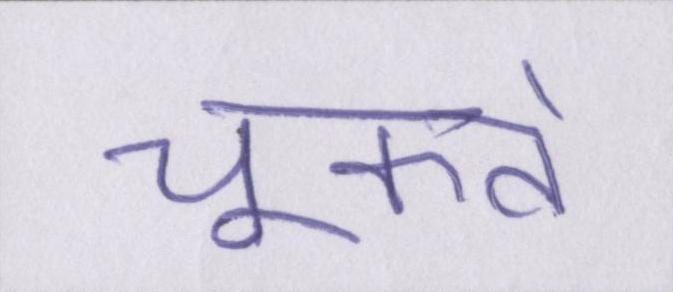
चूकते